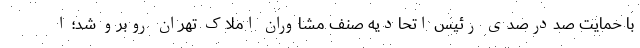
با حمایت صددرصدی رئیس اتحادیه صنف مشاوران املاک تهران روبرو شد؛ ا